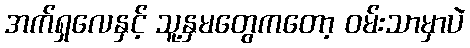
အက်ရှလေနှင့် သူ့နှမတွေကတော့ ဝမ်းသာမှာပဲ